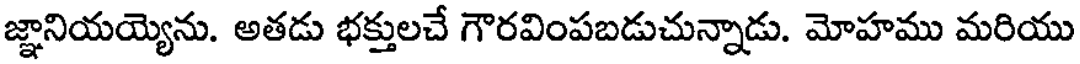
జ్ఞానియయ్యెను. అతడు భక్తులచే గౌరవింపబడుచున్నాడు. మోహము మరియు